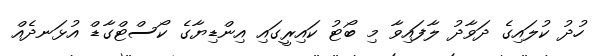
ހުދު ކުލައިގެ ދަވާދު ލާފައިވާ މި ބޯޓު ކައިރީގައި އިންޑިޔާގެ ކޯސްޓްގާޑް އުޅަނދެއް